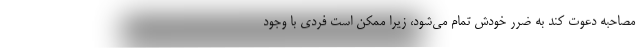
مصاحبه دعوت کند به ضرر خودش تمام می‌شود، زیرا ممکن است فردی با وجود